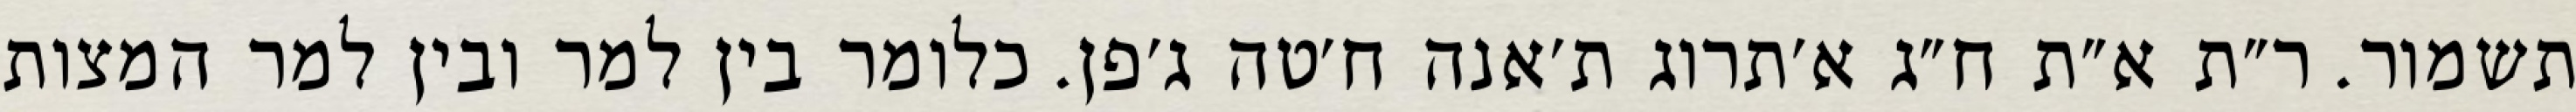
תשמור. ר״ת א״ת ח״ג א׳תרוג ת׳אנה ח׳טה ג׳פן. כלומר בין למר ובין למר המצות